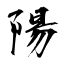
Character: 陽